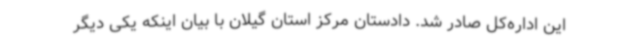
این اداره‌کل صادر شد. دادستان مرکز استان گیلان با بیان اینکه یکی دیگر